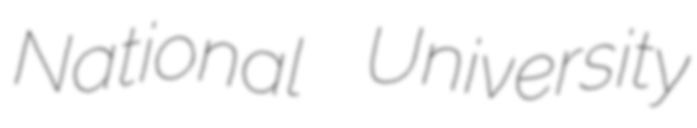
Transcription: National University